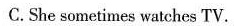
C.She sometimes watches TV.